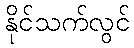
နိုင်သက်လွင်